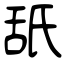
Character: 舐